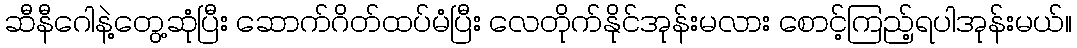
ဆီနီဂေါနဲ့တွေ့ဆုံပြီး ဆောက်ဂိတ်ထပ်မံပြီး လေတိုက်နိုင်အုန်းမလား စောင့်ကြည့်ရပါအုန်းမယ်။